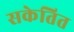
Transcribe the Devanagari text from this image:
सकेतित